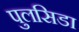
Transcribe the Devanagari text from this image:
पुलसिडा